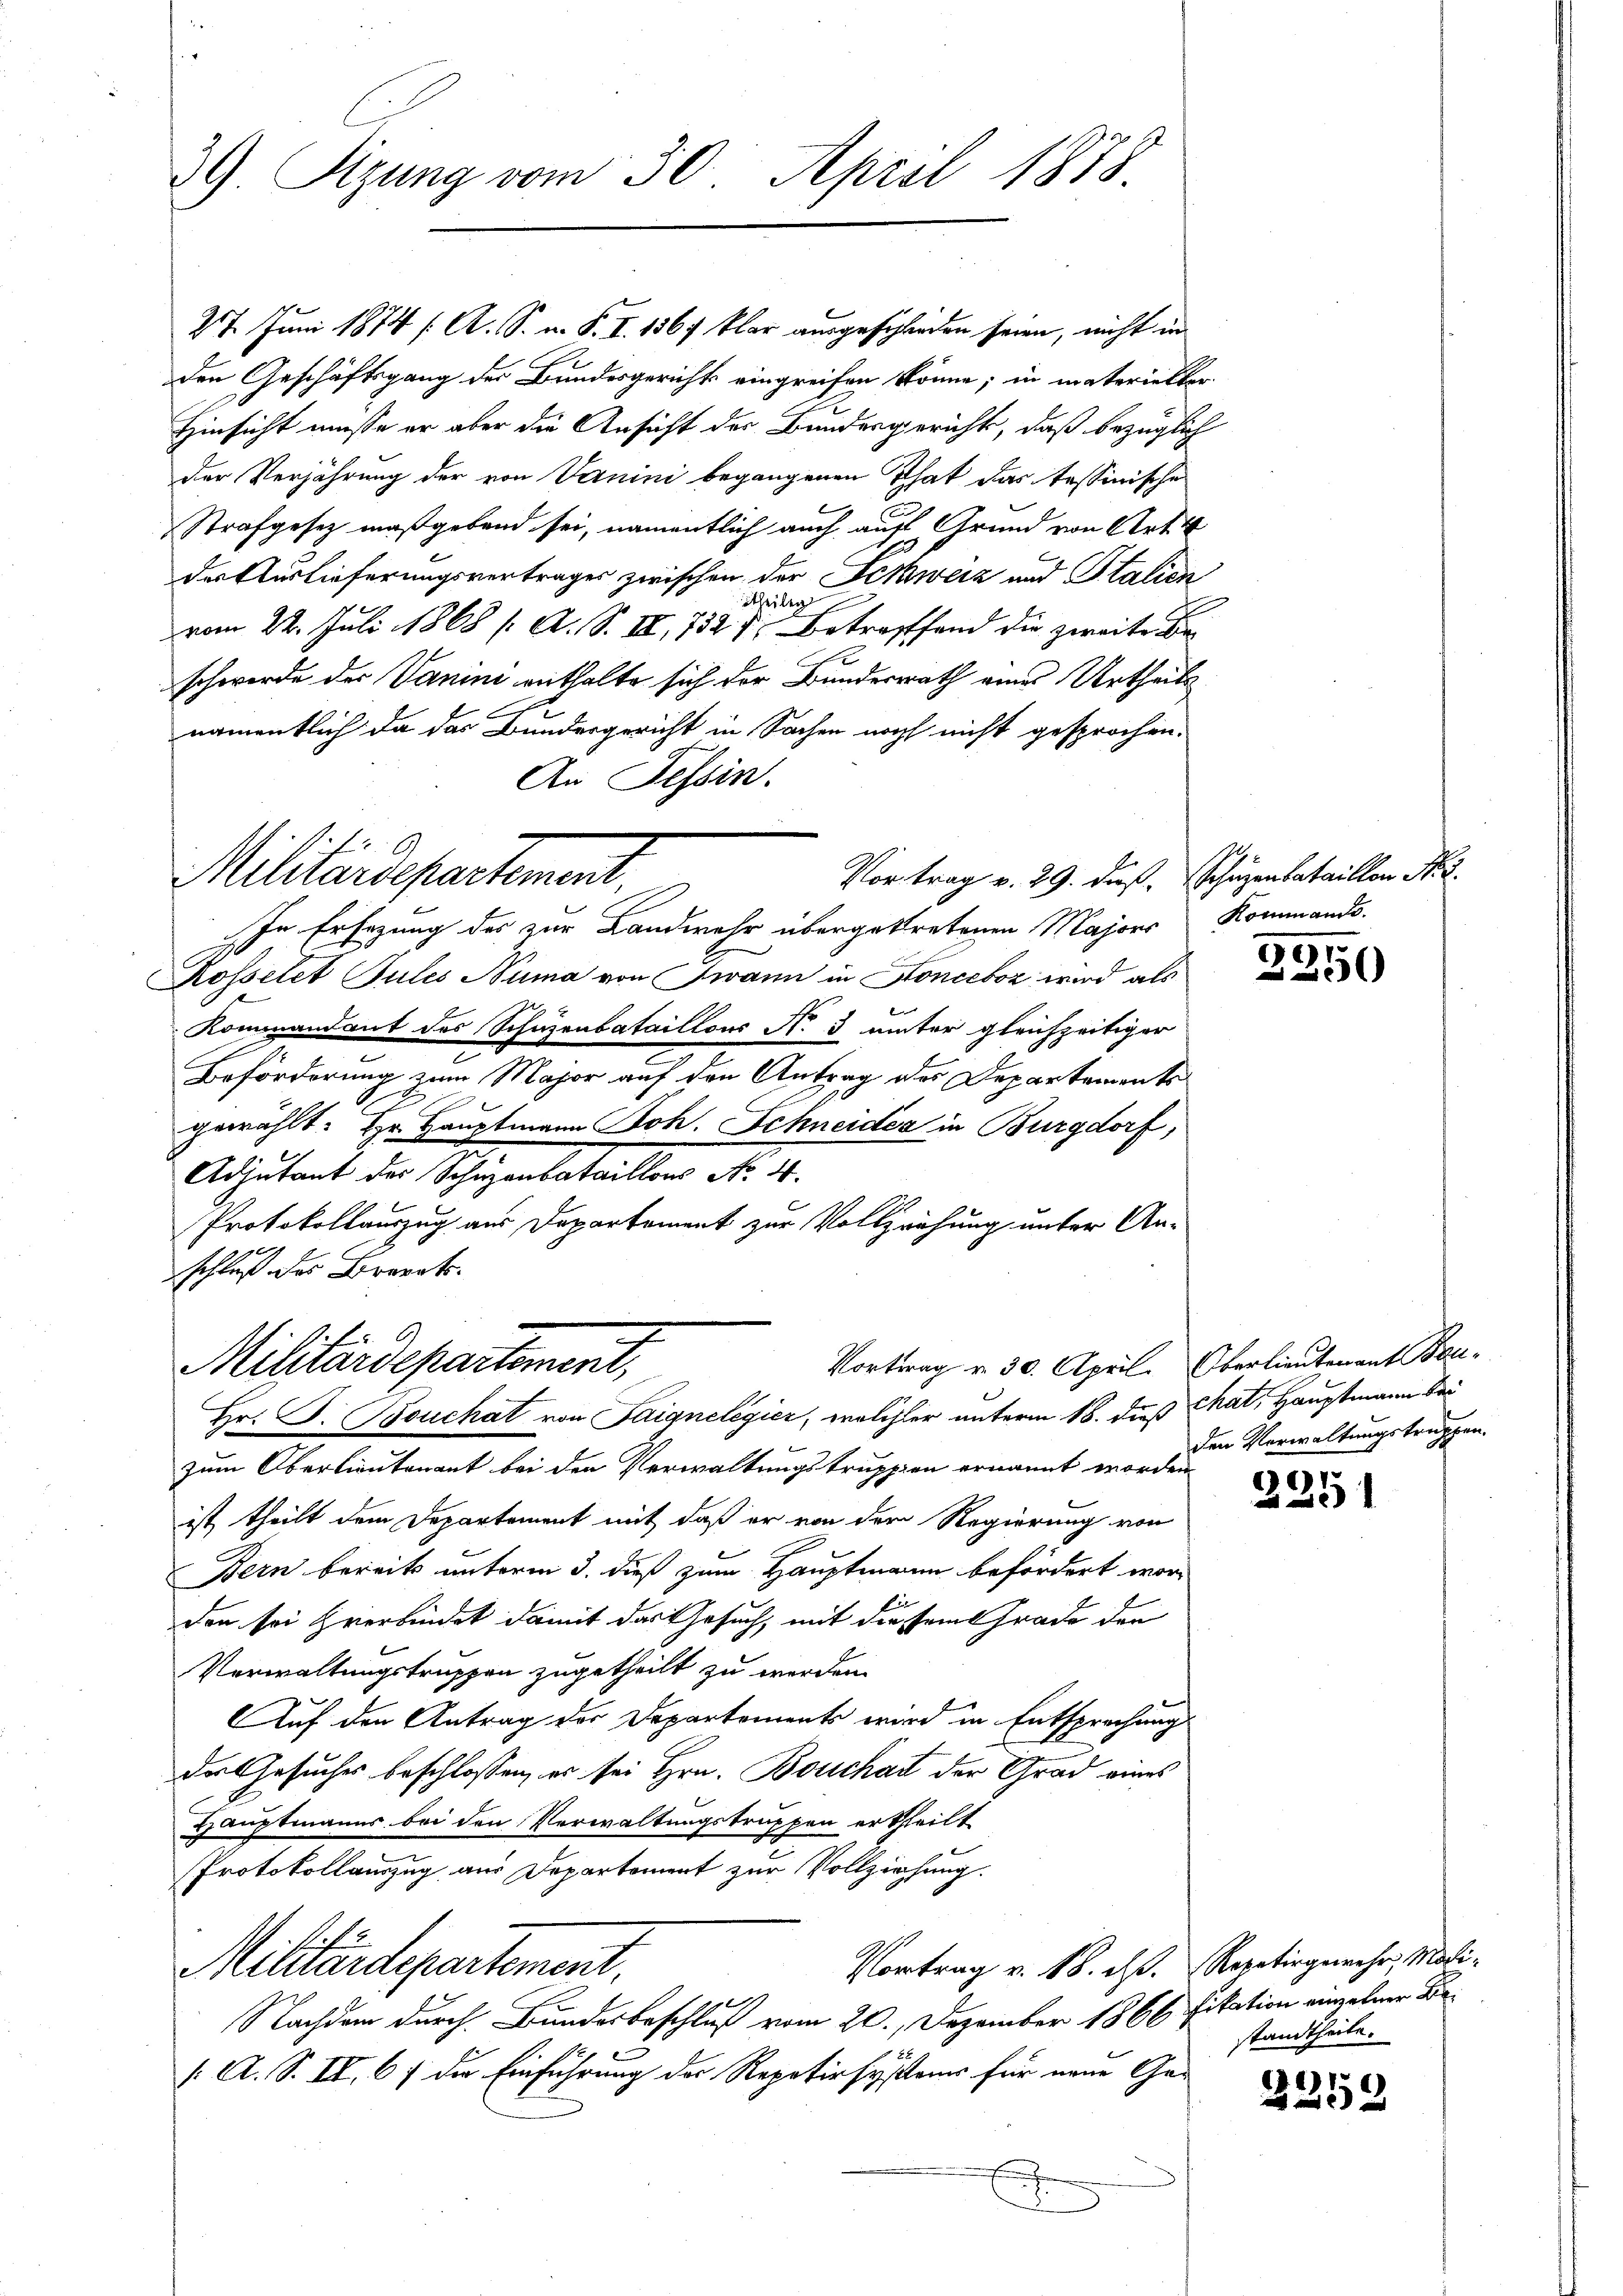
39) Sizung vom 30. April 1878

27. Juni 1874 (A. S. i. S. I. 1567 klar ausgeschieden seien, nicht in
den Geschäftsgang des Bundesgericht eingreifen könne; in materieller
Hinsicht müsse er aber die Ansicht der Bundesgericht, daß bezüglich
der Verjährung der von Danini begangenen That das Tessinische
Strafgesetz maßgebend sei, namentlich auch auf Grund von Art. 4
der Verlieferungsvertrages zwischen der Schweiz und Stalien
dtheiligt
vom 22. Juli 1868 (A. S. IV, 732 f. Betreffend die zweite Beschwerde der Vanini enthalte sich der Bundesrath eines Urtheils
namentlich da das Bundergericht in Sachen noch nicht gesprochen.
An Tessin.
Vortrag v. 29. dieß. Schüzenbataillon No. 2.
In Ersezung des zur Landwehr übergetretenen Majors
Rosselet Pules Numa von Twann in Konceboz wird als
Kommandant des Schuzenbataillons N. 3 unter gleichzeitiger
Beförderung zum Major auf den Antrag des Departements
gewählt: Hr. Hauptmann Joh. Schneider in Burgdorf,
Adjutant der Schutzenbataillons No. 4.
Protokollauszug aus Departement zur Vollzrähung unter Anschluß des Branats-
Vortrag v. 30. April. Oberlieutenant Bau-
Militärdepartement,
Hr. F. Bouchat von Saignelegier, welcher unterm 18. daß hat, Hauptmann bei
zum Oberlieutenant bei den Verwaltungstruppien ernannt worden
ist, theilt dem Departement mit daß er von dem Regierung von
Bern bereits unterm 3. dieß zum Hauptmann befördert worden sei Hierbindet damit das Gesuch, mit diesem Grade den
Verwaltungstruppen zugetheilt zu werden.
Auf den Antrag der Departements wird in Entsprechung
die Gesuches beschlossen, er sei Hrn. Bouchart der Grad eines
Hauptmanns bei den Verwaltungstruppen ertheilt
Protokollauszug aus Departement zur Vollziehung.
Vortrag v. 18. ds. Repetirgemehr, Moli-
Militärdepartement,
Nachdem durch Bundesbeschluß vom 20. Dezember 1866 fikation einzelner Be¬
[: A. S. II. 67 die Einführung der Repetirsystems für neue Ge-

Militärdepartement.

.

Kommando.

39.

den Verwaltungstruppen.

).
2251

standtheile.

3259